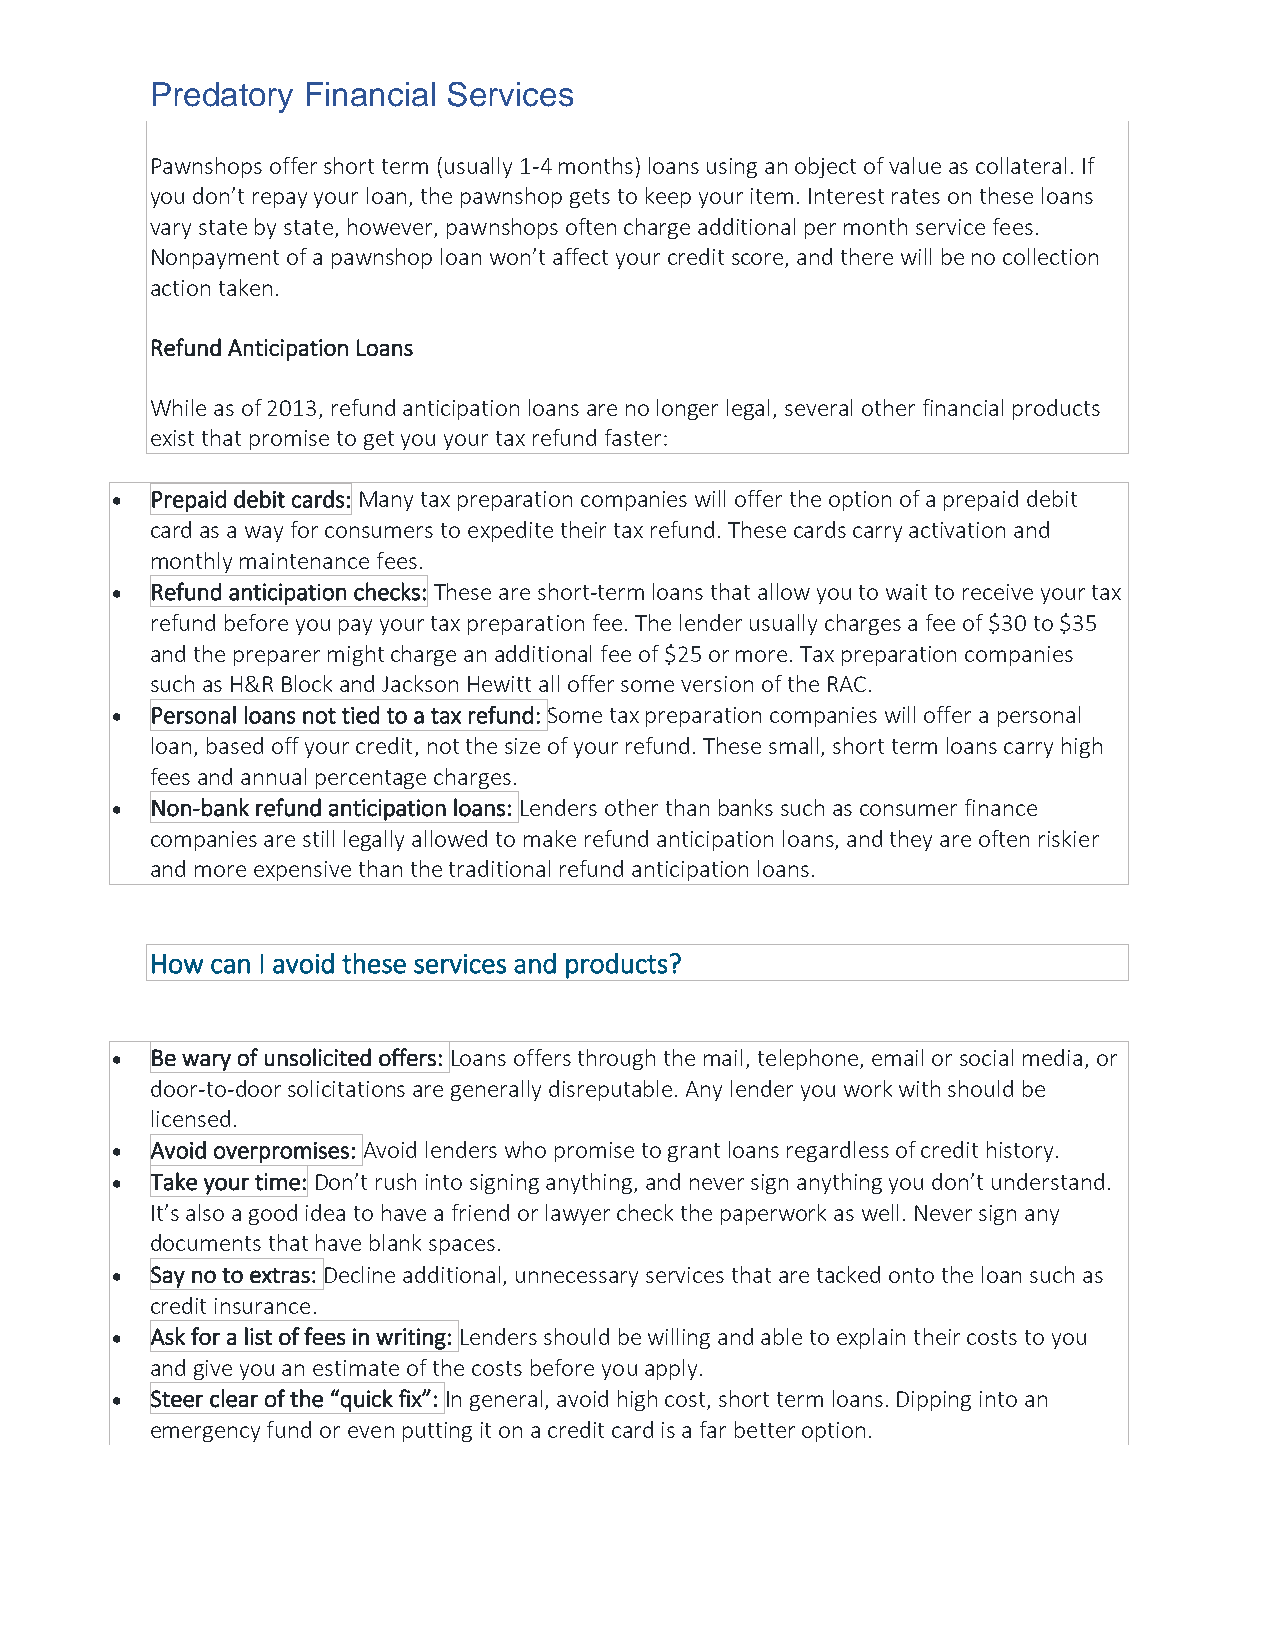
Predatory Financial Services
 Pawnshops offer short term (usually 1-4 months) loans using an object of value as collateral. If
 you don’t repay your loan, the pawnshop gets to keep your item. Interest rates on these loans
 vary state by state, however, pawnshops often charge additional per month service fees.
 Nonpayment of a pawnshop loan won’t affect your credit score, and there will be no collection
 action taken.
 Refund Anticipation Loans
 While as of 2013, refund anticipation loans are no longer legal, several other financial products
 exist that promise to get you your tax refund faster:
 •  Prepaid debit cards: Many tax preparation companies will offer the option of a prepaid debit
 card as a way for consumers to expedite their tax refund. These cards carry activation and
 monthly maintenance fees.
 •  Refund anticipation checks: These are short-term loans that allow you to wait to receive your tax
 refund before you pay your tax preparation fee. The lender usually charges a fee of $30 to $35
 and the preparer might charge an additional fee of $25 or more. Tax preparation companies
 such as H&R Block and Jackson Hewitt all offer some version of the RAC.
 •  Personal loans not tied to a tax refund: Some tax preparation companies will offer a personal
 loan, based off your credit, not the size of your refund. These small, short term loans carry high
 fees and annual percentage charges.
 •  Non-bank refund anticipation loans: Lenders other than banks such as consumer finance
 companies are still legally allowed to make refund anticipation loans, and they are often riskier
 and more expensive than the traditional refund anticipation loans.
 How can I avoid these services and products?
 •  Be wary of unsolicited offers: Loans offers through the mail, telephone, email or social media, or
 door-to-door solicitations are generally disreputable. Any lender you work with should be
 licensed.
 •  Avoid overpromises: Avoid lenders who promise to grant loans regardless of credit history.
 •  Take your time: Don’t rush into signing anything, and never sign anything you don’t understand.
 It’s also a good idea to have a friend or lawyer check the paperwork as well. Never sign any
 documents that have blank spaces.
 •  Say no to extras: Decline additional, unnecessary services that are tacked onto the loan such as
 credit insurance.
 •  Ask for a list of fees in writing: Lenders should be willing and able to explain their costs to you
 and give you an estimate of the costs before you apply.
 •  Steer clear of the “quick fix”: In general, avoid high cost, short term loans. Dipping into an
 emergency fund or even putting it on a credit card is a far better option.